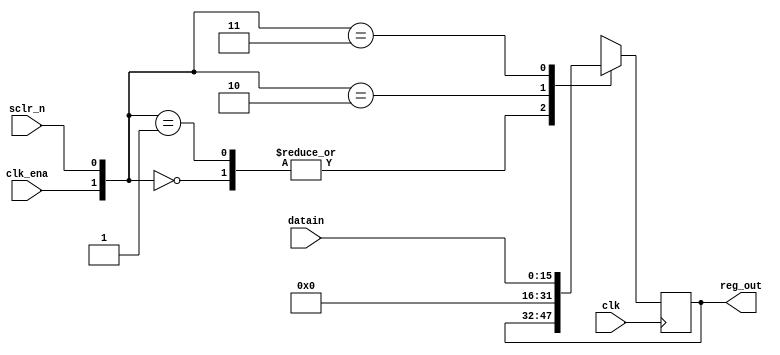
module reg16 (
input clk ,sclr_n ,clk_ena ,
input [15:0] datain,
output reg[15:0] reg_out
);

always @(posedge clk) begin
 
 case ({clk_ena,sclr_n}) 
  2'b00 : reg_out = reg_out;
  2'b01 : reg_out = reg_out;
  2'b10 : reg_out = 16'b 0000_0000_0000_0000;
  2'b11 : reg_out = datain ;
endcase

end

endmodule